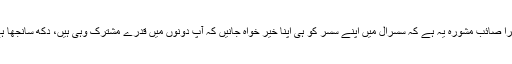
اگر آپ تازہ داماد ہیں تو میرا صائب مشورہ یہ ہے کہ سسرال میں اپنے سسر کو ہی اپنا خیر خواہ جانیں کہ آپ دونوں میں قدرے مشترک وہی ہیں، دُکھ سانجھا ہے سمع خراشی یکساں ہے۔